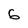
Character: 6